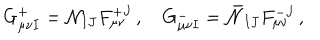
G _ { \mu \nu I } ^ { + } = { \cal N } _ { I J } F _ { \mu \nu } ^ { + J } \, , \quad G _ { \mu \nu I } ^ { - } = \bar { \cal N } _ { I J } F _ { \mu \nu } ^ { - J } \, ,